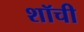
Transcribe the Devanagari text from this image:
शॉची